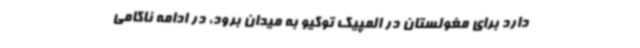
دارد برای مغولستان در المپیک توکیو به میدان برود، در ادامه ناکامی